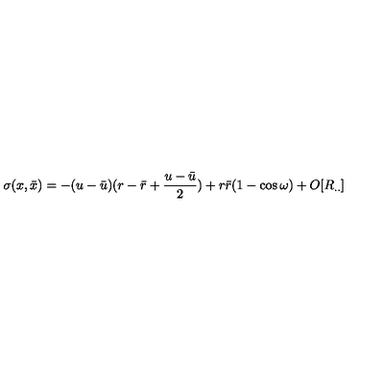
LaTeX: \sigma ( x , { \bar { x } } ) = - ( u - { \bar { u } } ) ( r - { \bar { r } } + \frac { u - { \bar { u } } } { 2 } ) + r { \bar { r } } ( 1 - \cos \omega ) + O [ R _ { . . } ]